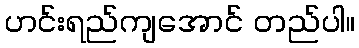
ဟင်းရည်ကျအောင် တည်ပါ။